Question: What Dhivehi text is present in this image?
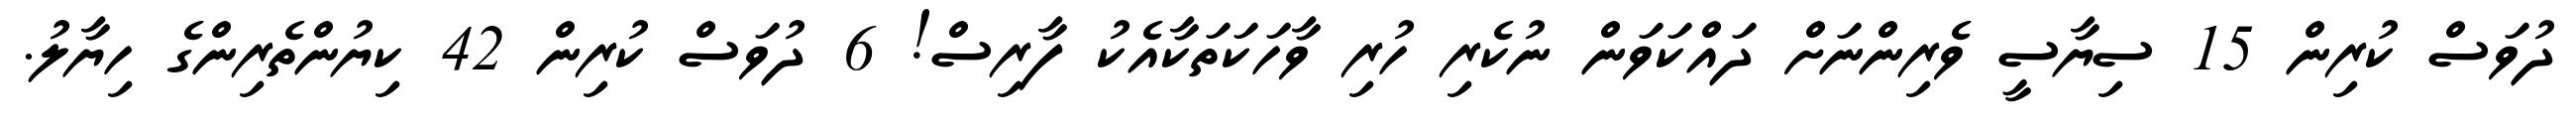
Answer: ދުވަސް ކުރިން 15 ސިޔާސީ ވެރިންނަށް ދައްކަވަން ނުކެރި ހުރި ވާހަކަތަކާއެކު ފާރިސް! 6 ދުވަސް ކުރިން 42 ކިޔުންތެރިންގެ ހިޔާލު.